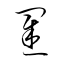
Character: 罣